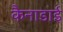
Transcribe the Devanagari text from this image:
कैनाडाई